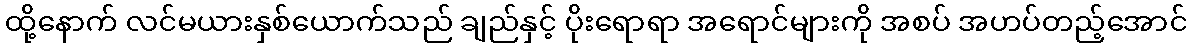
ထို့နောက် လင်မယားနှစ်ယောက်သည် ချည်နှင့် ပိုးရောရာ အရောင်များကို အစပ် အဟပ်တည့်အောင်